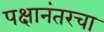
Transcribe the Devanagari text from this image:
पक्षानंतरचा